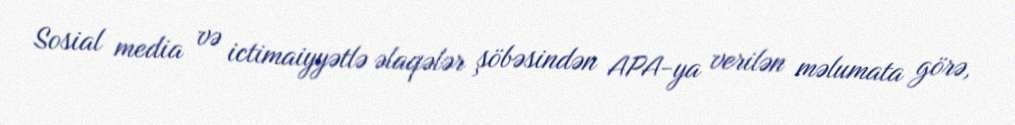
Sosial media və ictimaiyyətlə əlaqələr şöbəsindən APA-ya verilən məlumata görə,